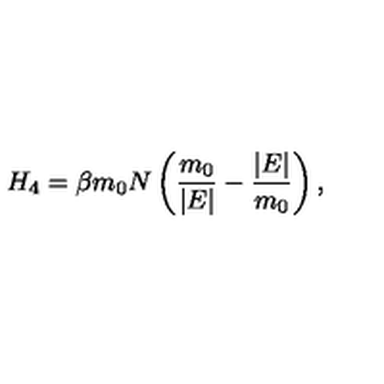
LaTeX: H _ { 4 } = \beta m _ { 0 } N \left( \frac { m _ { 0 } } { \vert E \vert } - \frac { \vert E \vert } { m _ { 0 } } \right) ,